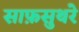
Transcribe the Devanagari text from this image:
साफ़सुथरे